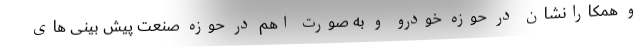
و همکارانشان در حوزه خودرو و به صورت اهم در حوزه صنعت پیش بینی های